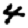
Digit: 4